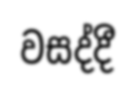
වසද්දී